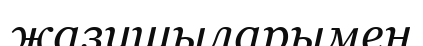
жазушыларымен